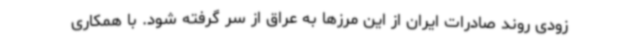
زودی روند صادرات ایران از این مرزها به عراق از سر گرفته شود. با همکاری